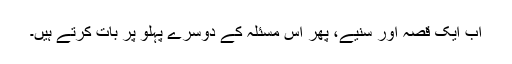
اب ایک قصہ اور سنیے، پھر اس مسئلہ کے دوسرے پہلو پر بات کرتے ہیں۔